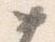
如